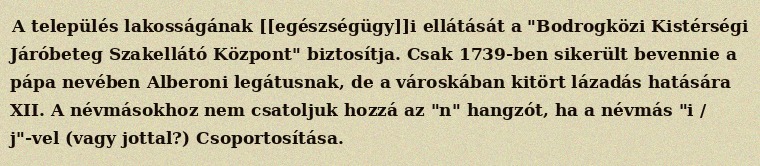
A település lakosságának [[egészségügy]]i ellátását a "Bodrogközi Kistérségi Járóbeteg Szakellátó Központ" biztosítja. Csak 1739-ben sikerült bevennie a pápa nevében Alberoni legátusnak, de a városkában kitört lázadás hatására XII. A névmásokhoz nem csatoljuk hozzá az "n" hangzót, ha a névmás "i / j"-vel (vagy jottal?) Csoportosítása.